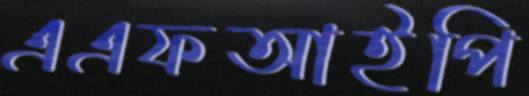
এএফআইপি